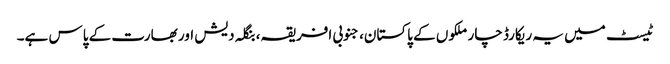
ٹیسٹ میں یہ ریکارڈ چار ملکوں کے پاکستان، جنوبی افریقہ، بنگلہ دیش اور بھارت کے پاس ہے۔